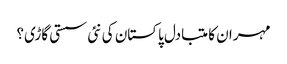
مہران کا متبادل پاکستان کی نئی سستی گاڑی؟